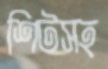
শিটসহ